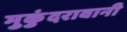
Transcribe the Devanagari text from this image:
मुकुंदरावानी